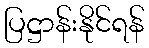
ပြဋ္ဌာန်းနိုင်ရန်